Scientific memoirs by medical officers of the Army of India - Part VIII,
Year: 1894
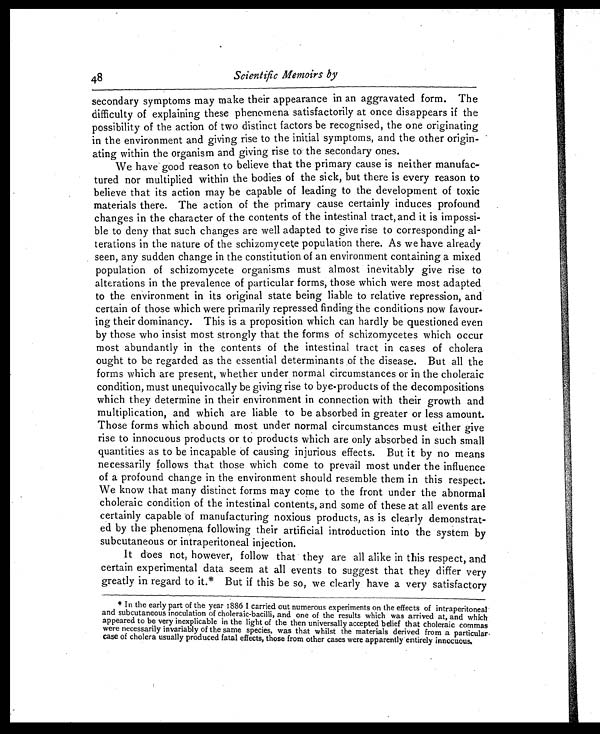
48
Scientific Memoirs by
secondary symptoms may make their appearance in an aggravated form. The
difficulty of explaining these phenomena satisfactorily at once disappears if the
possibility of the action of two distinct factors be recognised, the one originating
in the environment and giving rise to the initial symptoms, and the other origin-
ating within the organism and giving rise to the secondary ones.
We have good reason to believe that the primary cause is neither manufac-
tured nor multiplied within the bodies of the sick, but there is every reason to
believe that its action may be capable of leading to the development of toxic
materials there. The action of the primary cause certainly induces profound
changes in the character of the contents of the intestinal tract, and it is impossi-
ble to deny that such changes are well adapted to give rise to corresponding al-
terations in the nature of the schizomycete population there. As we have already
seen, any sudden change in the constitution of an environment containing a mixed
population of schizomycete organisms must almost inevitably give rise to
alterations in the prevalence of particular forms, those which were most adapted
to the environment in its original state being liable to relative repression, and
certain of those which were primarily repressed finding the conditions now favour-
ing their dominancy. This is a proposition which can hardly be questioned even
by those who insist most strongly that the forms of schizomycetes which occur
most abundantly in the contents of the intestinal tract in cases of cholera
ought to be regarded as the essential determinants of the disease. But all the
forms which are present, whether under normal circumstances or in the choleraic
condition, must unequivocally be giving rise to bye-products of the decompositions
which they determine in their environment in connection with their growth and
multiplication, and which are liable to be absorbed in greater or less amount.
Those forms which abound most under normal circumstances must either give
rise to innocuous products or to products which are only absorbed in such small
quantities as to be incapable of causing injurious effects. But it by no means
necessarily follows that those which come to prevail most under the influence
of a profound change in the environment should resemble them in this respect.
We know that many distinct forms may come to the front under the abnormal
choleraic condition of the intestinal contents, and some of these at all events are
certainly capable of manufacturing noxious products, as is clearly demonstrat-
ed by the phenomena following their artificial introduction into the system by
subcutaneous or intraperitoneal injection.
It does not, however, follow that they are all alike in this respect, and
certain experimental data seem at all events to suggest that they differ very
greatly in regard to it.* But if this be so, we clearly have a very satisfactory
*In the early part of the year 1886 I carried out numerous experiments on the effects of intraperitoneal
and subcutaneous inoculation of choleraic-bacilli, and one of the results which was arrived at, and which
appeared to be very inexplicable in the light of the then universally accepted belief that choleraic commas
were necessarily invariably of the same species, was that whilst the materials derived from a particular-
case of cholera usually produced fatal effects, those from other cases were apparently entirely innocuous.